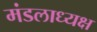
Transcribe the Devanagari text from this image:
मंडलाध्यक्ष